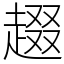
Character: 䞵